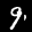
Label: 9